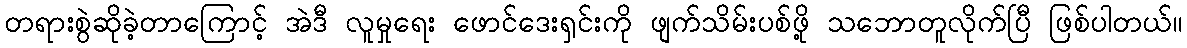
တရားစွဲဆိုခဲ့တာကြောင့် အဲဒီ လူမှုရေး ဖောင်ဒေးရှင်းကို ဖျက်သိမ်းပစ်ဖို့ သဘောတူလိုက်ပြီ ဖြစ်ပါတယ်။